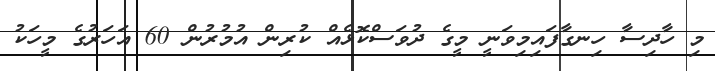
މި ހާދިސާ ހިނގާފައިމިވަނީ މީގެ ދުވަސްކޮޅެއް ކުރިން އުމުރުން 60 އަހަރުގެ މީހަކު